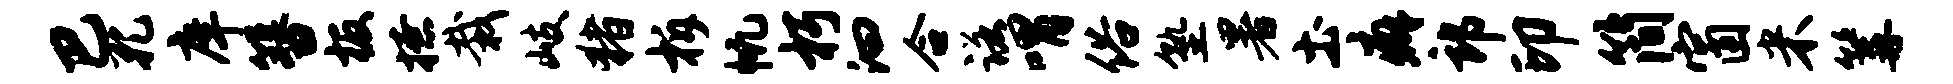
巴孔庠簪板撩栽岐猪柝帆朽汩合诺喟俗塾暑土癖郎印简窗米篝